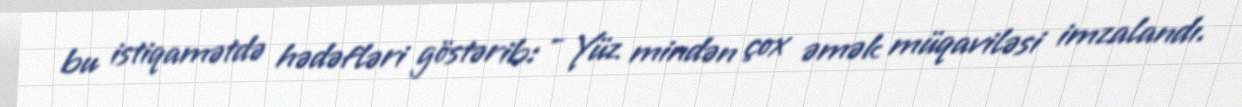
bu istiqamətdə hədəfləri göstərib: - Yüz mindən çox əmək müqaviləsi imzalandı.